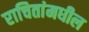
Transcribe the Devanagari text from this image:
राचितांमधील